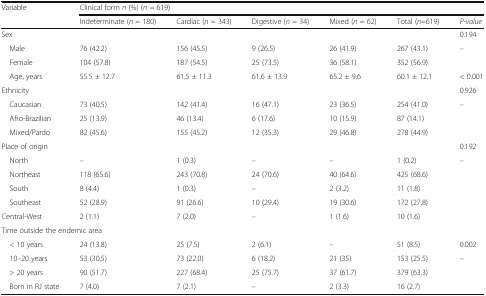
<table><thead><tr><td rowspan="2"><b>Variable</b></td><td colspan="6"><b>Clinical form <i>n</i> (%) (<i>n</i> = 619)</b></td></tr><tr><td><b>Indeterminate (<i>n</i> = 180)</b></td><td><b>Cardiac (<i>n</i> = 343)</b></td><td><b>Digestive (<i>n</i> = 34)</b></td><td><b>Mixed (<i>n</i> = 62)</b></td><td><b>Total (<i>n</i>=619)</b></td><td><b><i>P-value</i></b></td></tr></thead><tbody><tr><td colspan="6">Sex</td><td>0.194</td></tr><tr><td> Male</td><td>76 (42.2)</td><td>156 (45.5)</td><td>9 (26.5)</td><td>26 (41.9)</td><td>267 (43.1)</td><td rowspan="2">–</td></tr><tr><td> Female</td><td>104 (57.8)</td><td>187 (54.5)</td><td>25 (73.5)</td><td>36 (58.1)</td><td>352 (56.9)</td></tr><tr><td> Age, years</td><td>55.5 ± 12.7</td><td>61.5 ± 11.3</td><td>61.6 ± 13.9</td><td>65.2 ± 9.6</td><td>60.1 ± 12.1</td><td>&lt; 0.001</td></tr><tr><td colspan="6">Ethnicity</td><td>0.926</td></tr><tr><td> Caucasian</td><td>73 (40.5)</td><td>142 (41.4)</td><td>16 (47.1)</td><td>23 (36.5)</td><td>254 (41.0)</td><td rowspan="3">–</td></tr><tr><td> Afro-Brazilian</td><td>25 (13.9)</td><td>46 (13.4)</td><td>6 (17.6)</td><td>10 (15.9)</td><td>87 (14.1)</td></tr><tr><td> Mixed/Pardo</td><td>82 (45.6)</td><td>155 (45.2)</td><td>12 (35.3)</td><td>29 (46.8)</td><td>278 (44.9)</td></tr><tr><td colspan="6">Place of origin</td><td>0.192</td></tr><tr><td> North</td><td>–</td><td>1 (0.3)</td><td>–</td><td>–</td><td>1 (0.2)</td><td rowspan="5">–</td></tr><tr><td> Northeast</td><td>118 (65.6)</td><td>243 (70.8)</td><td>24 (70.6)</td><td>40 (64.6)</td><td>425 (68.6)</td></tr><tr><td> South</td><td>8 (4.4)</td><td>1 (0.3)</td><td>–</td><td>2 (3.2)</td><td>11 (1.8)</td></tr><tr><td> Southeast</td><td>52 (28.9)</td><td>91 (26.6)</td><td>10 (29.4)</td><td>19 (30.6)</td><td>172 (27.8)</td></tr><tr><td>Central-West</td><td>2 (1.1)</td><td>7 (2.0)</td><td>–</td><td>1 (1.6)</td><td>10 (1.6)</td></tr><tr><td colspan="7">Time outside the endemic area</td></tr><tr><td> &lt; 10 years</td><td>24 (13.8)</td><td>25 (7.5)</td><td>2 (6.1)</td><td>–</td><td>51 (8.5)</td><td>0.002</td></tr><tr><td> 10–20 years</td><td>53 (30.5)</td><td>73 (22.0)</td><td>6 (18.2)</td><td>21 (35)</td><td>153 (25.5)</td><td rowspan="3">–</td></tr><tr><td> &gt; 20 years</td><td>90 (51.7)</td><td>227 (68.4)</td><td>25 (75.7)</td><td>37 (61.7)</td><td>379 (63.3)</td></tr><tr><td> Born in RJ state</td><td>7 (4.0)</td><td>7 (2.1)</td><td>–</td><td>2 (3.3)</td><td>16 (2.7)</td></tr></tbody></table>